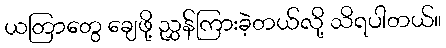
ယတြာတွေ ချေဖို့ ညွှန်ကြားခဲ့တယ်လို့ သိရပါတယ်။